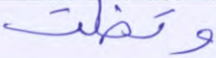
وتخلت